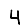
Digit: 4